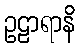
ဥဠာရာနိ